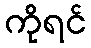
ကိုရင်